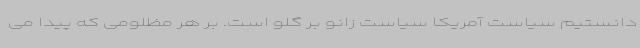
دانستیم سیاست آمریکا سیاست زانو بر گلو است. بر هر مظلومی که پیدا می